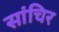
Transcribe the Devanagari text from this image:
सांचिर